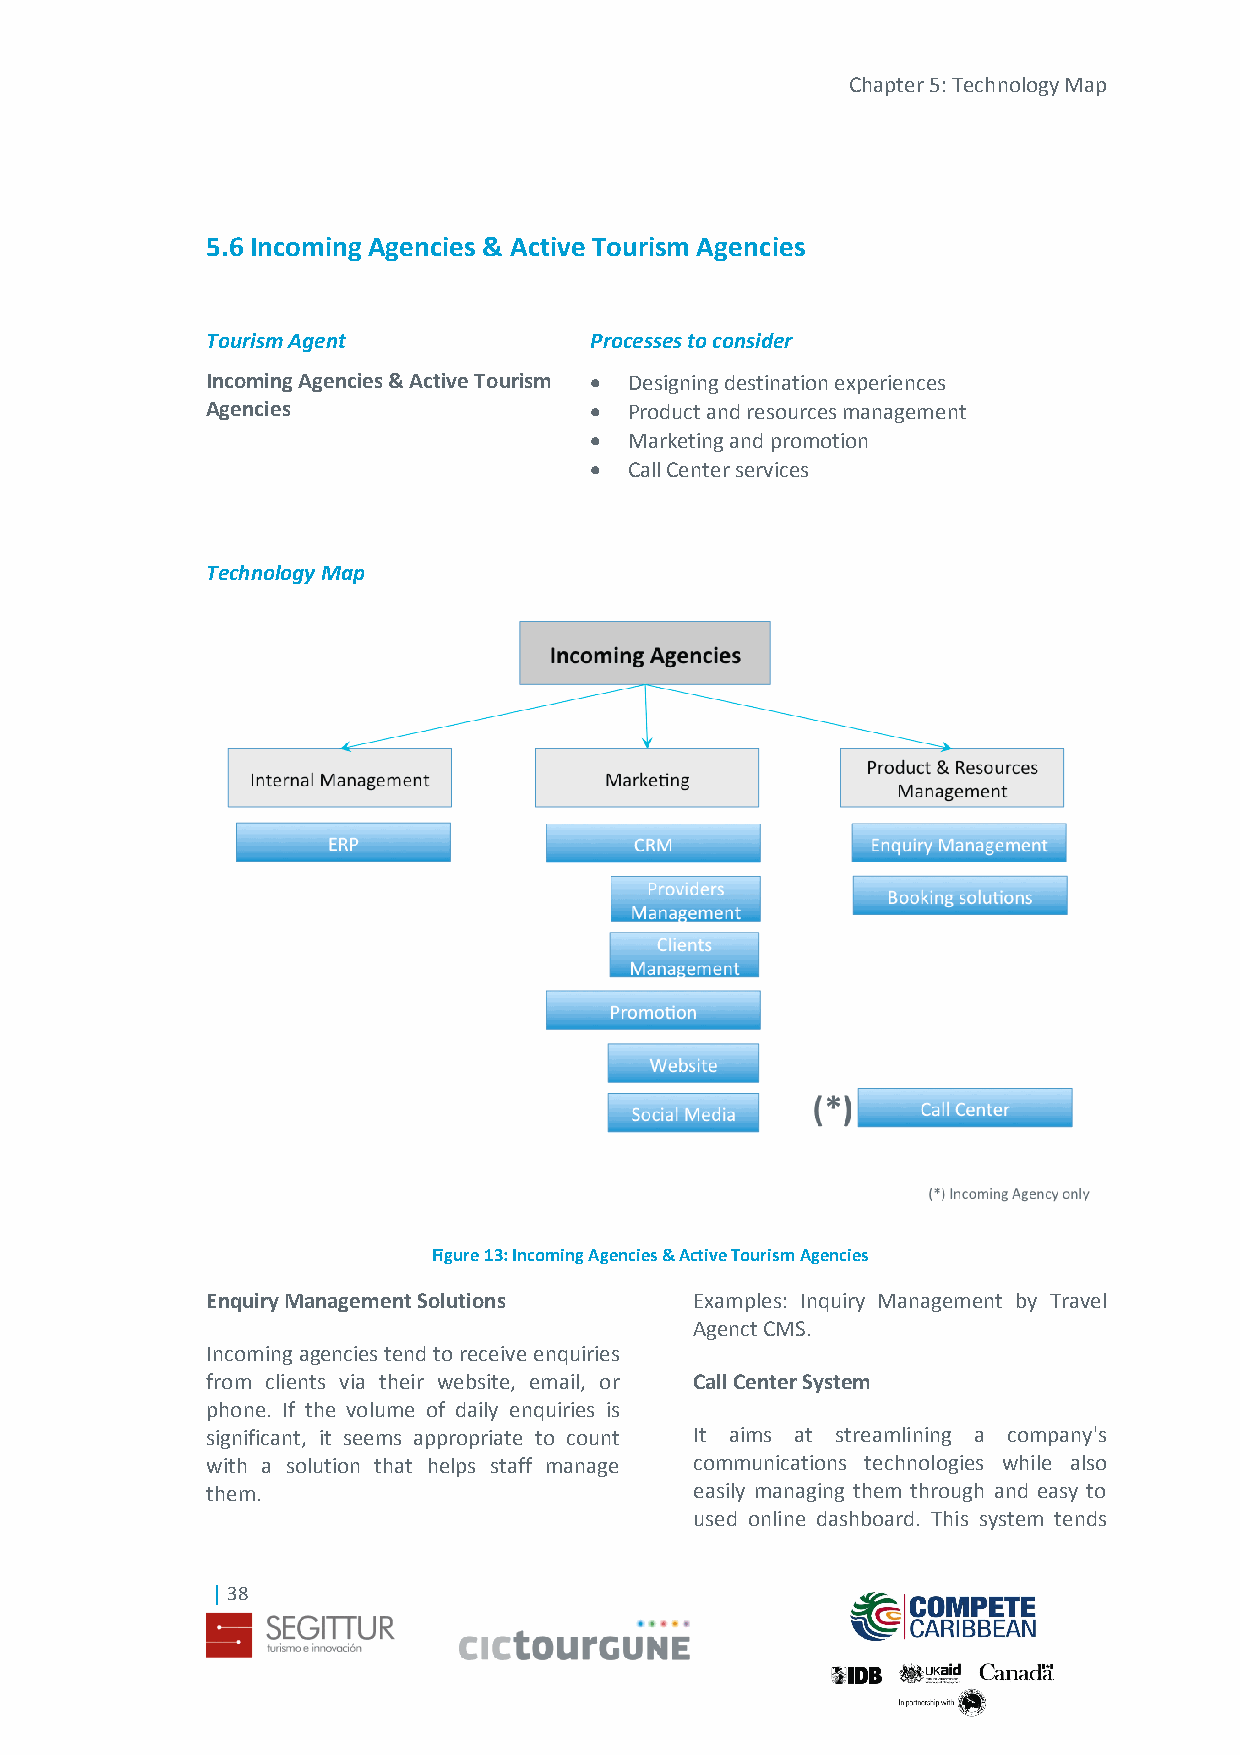
Chapter 5: Technology Map
 5.6 Incoming Agencies & Active Tourism Agencies
 Tourism Agent            Processes to consider
 Incoming Agencies & Active Tourism  Designing destination experiences
 Agencies                   Product and resources management
   Marketing and promotion
   Call Center services
 Technology Map
 Figure 13: Incoming Agencies & Active Tourism Agencies
 Enquiry Management Solutions    Examples: Inquiry Management by Travel
 Agenct CMS.
 Incoming agencies tend to receive enquiries
 from clients via their website, email, or Call Center System
 phone. If the volume of daily enquiries is
 significant, it seems appropriate to count It aims at streamlining a company's
 with a solution that helps staff manage communications technologies while also
 them.                           easily managing them through and easy to
 used online dashboard. This system tends
 | 38